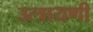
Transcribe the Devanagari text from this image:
उत्त्रायणी